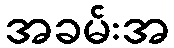
အခမ်းအ